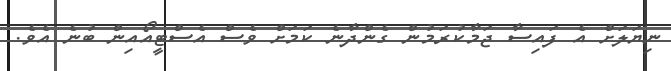
ނިޔަލަށް އެ ފައިސާ ޖަމާކުރަމުން ގެންދާނެ ކަމަށް ވެސް އެސްޓީއޯއިން ބުނެ އެވެ.